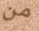
من